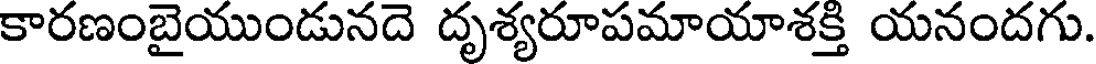
కారణంబైయుండునదె దృశ్యరూపమాయాశక్తి యనందగు.